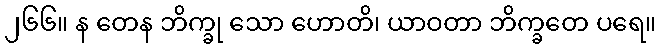
၂၆၆။ န တေန ဘိက္ခု သော ဟောတိ၊ ယာဝတာ ဘိက္ခတေ ပရေ။